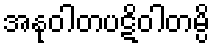
အနုဝါတပဋိဝါတမ္ပိ